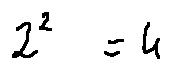
2 ^ { 2 } = 4